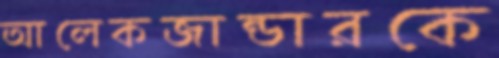
আলেকজান্ডারকে